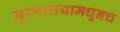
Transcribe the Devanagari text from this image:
मुद्रणालयामधूनच